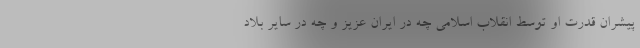
پیشران قدرت او توسط انقلاب اسلامی چه در ایران عزیز و چه در سایر بلاد